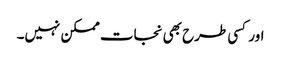
اور کسی طرح بھی نجات ممکن نہیں۔